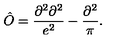
\hat { O } = \frac { \partial ^ { 2 } \partial ^ { 2 } } { e ^ { 2 } } - \frac { \partial ^ { 2 } } { \pi } .